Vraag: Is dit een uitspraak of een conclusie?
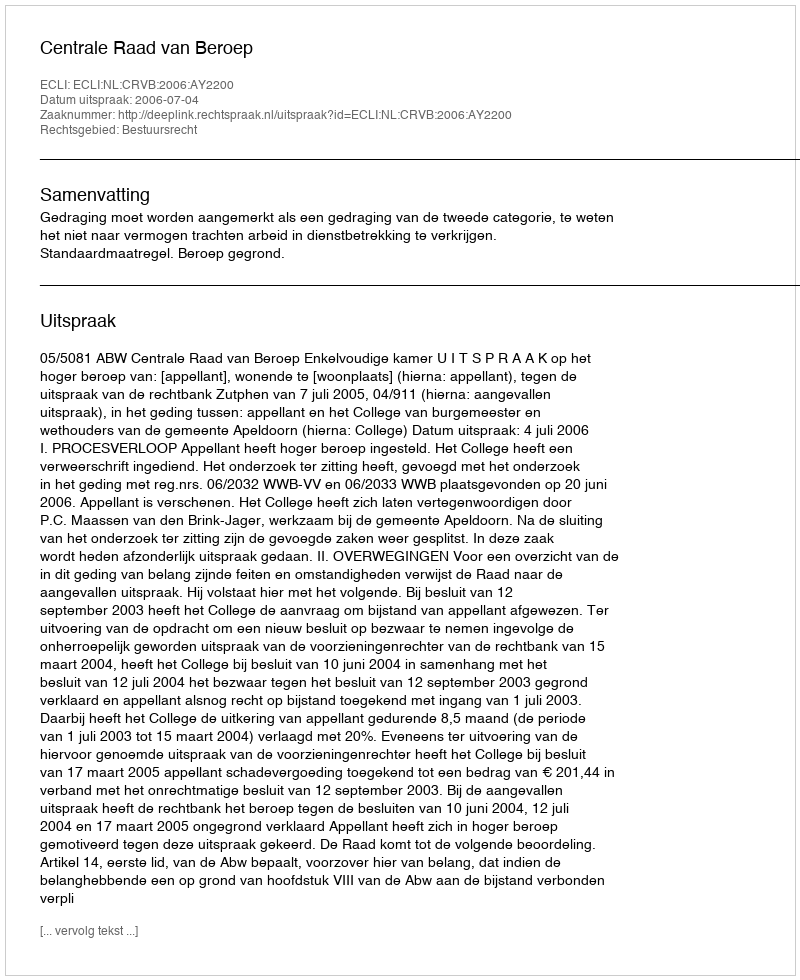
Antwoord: Uitspraak